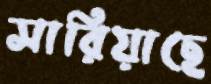
সারিয়াছে